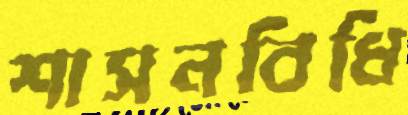
শাসনবিধি